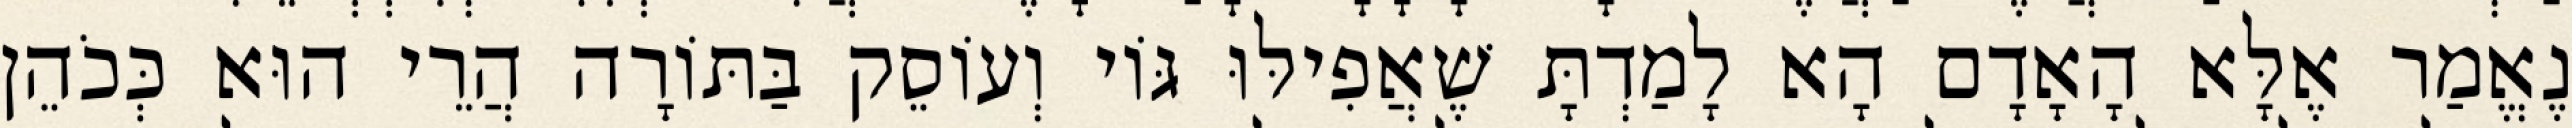
נֶאֱמַר אֶלָּא הָאָדָם הָא לָמַדְתָּ שֶׁאֲפִילּוּ גּוֹי וְעוֹסֵק בַּתּוֹרָה הֲרֵי הוּא כְּכֹהֵן